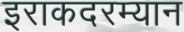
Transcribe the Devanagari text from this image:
इराकदरम्यान